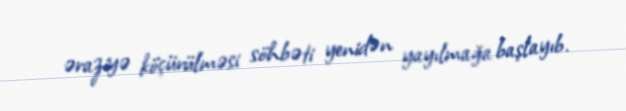
əraziyə köçürülməsi söhbəti yenidən yayılmağa başlayıb.